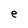
Character: e